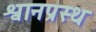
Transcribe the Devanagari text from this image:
श्वानप्रस्थ